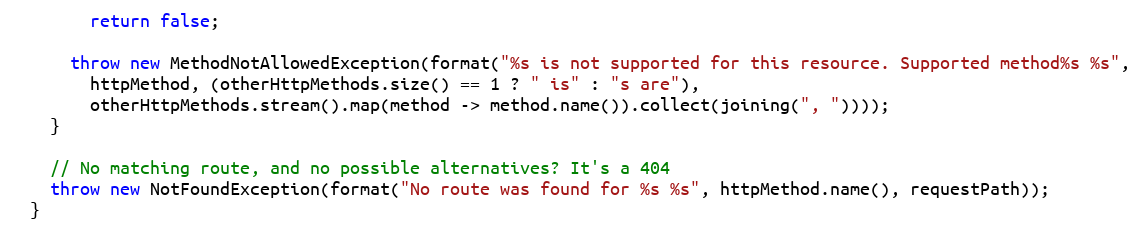
Language: Java
        return false;

      throw new MethodNotAllowedException(format("%s is not supported for this resource. Supported method%s %s",
        httpMethod, (otherHttpMethods.size() == 1 ? " is" : "s are"),
        otherHttpMethods.stream().map(method -> method.name()).collect(joining(", "))));
    }

    // No matching route, and no possible alternatives? It's a 404
    throw new NotFoundException(format("No route was found for %s %s", httpMethod.name(), requestPath));
  }